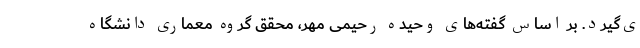
ی‌گیرد. بر اساس گفته‌های وحیده رحیمی مهر، محقق گروه معماری دانشگاه